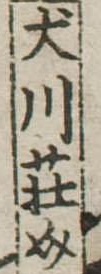
犬川荘介